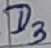
Text: D3